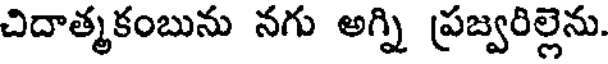
చిదాత్మకంబును నగు అగ్ని ప్రజ్వరిల్లెను.